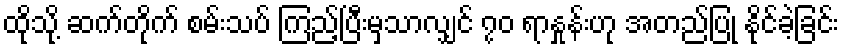
ထိုသို့ ဆက်တိုက် စမ်းသပ် ကြည့်ပြီးမှသာလျှင် ၇၀ ရာနှုန်းဟု အတည်ပြု နိုင်ခဲ့ခြင်း